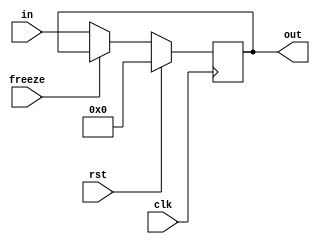
module Register (
          input clk,
          input rst,
          input freeze,
          input [31:0] in,
          output reg [31:0] out
     );

     always @ ( posedge clk ) begin
          if(rst)
               out <= 0;
          else if(!freeze)
               out <= in;
     end

endmodule // Register